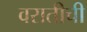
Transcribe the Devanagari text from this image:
वरातीची